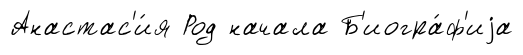
Анастас'и́я Род начала Б'иогра́ф'иjа